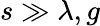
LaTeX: s\gg\lambda,g